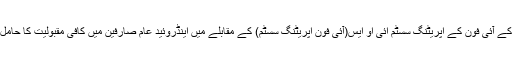
ایپل کے آئی فون کے اپریٹنگ سسٹم ائی او ایس(آئی فون اپریٹنگ سسٹم) کے مقابلے میں اینڈروئید عام صارفین میں کافی مقبولیت کا حامل ہے۔